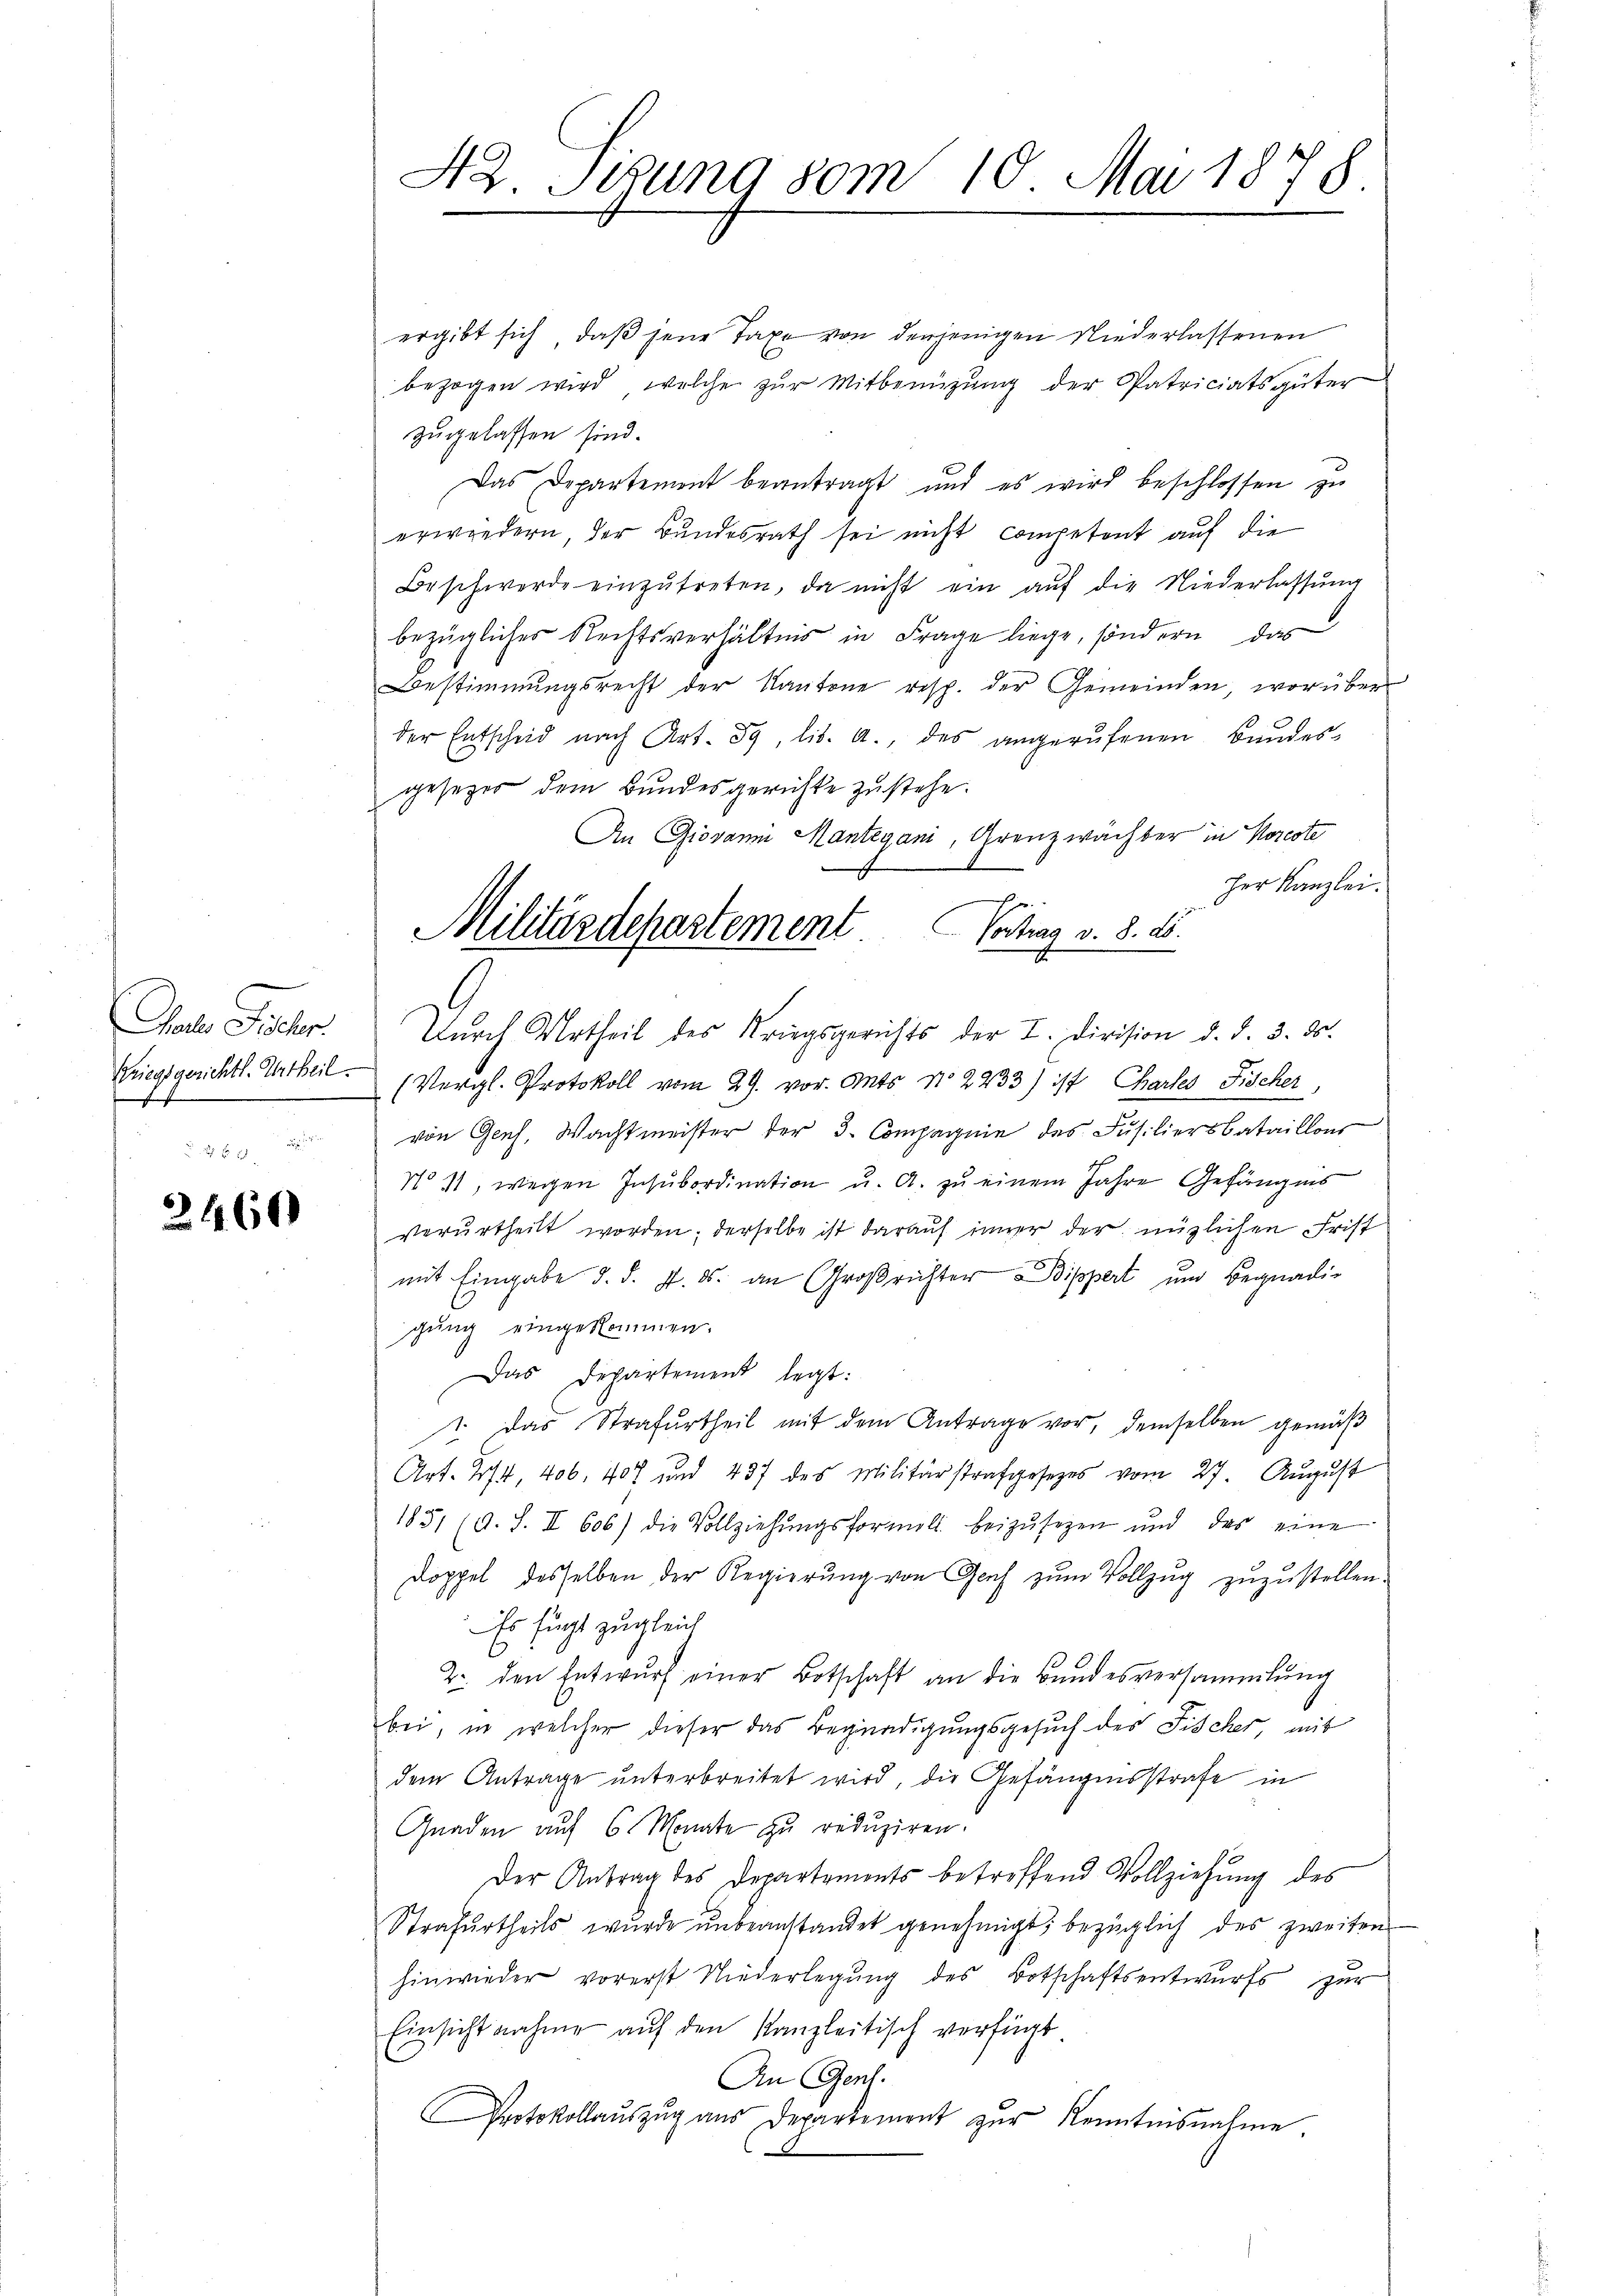
Chale Rector
Kriegsgerichtl. Urtheil
f

2460

42. Sitzung vom 10. Mai 1878

ergibt sich, daß jene Taxe von derjenigen Niederlassenen
bezogen wird, welche zŭr Mitbenüzung der Patriciatsgüter
zugelassen sind.
Das Departement beantragt, und es wird beschlossen zu
erwiedern, der Bundesrath sei nicht competent auf die
Beschwerde einzŭtreten, da nicht ein aŭf die Niederlassŭng
bezügliches Rechtsverhältnis in Frage liege, sondern das
Bestimmungsrecht der Kantone resp. der Gemeinden, worüber
der Entscheid nach Art. 89, lit. a., des angerufenen Bundesgesezer dem Bundesgerichte zustehe.
An Giovanni Mantegani, Grenzwächter in Korecte
her Kanzlei.
1
Durch Urtheil des Kriegsgerichts der I. Division d. d. 3. ds.
(Vergl. Protokoll vom 29. vor. Mts. No 2233) ist Chartes Fischer,
von Genf, Wachtmeister der 3. Compagnie des Jusiliersbataillons
No 11, wegen Insubordination u. A. zu einem Jahre Gefängnis
verurtheilt worden; derselbe ist darauf immer der müglichen Frist
mit Eingabe d. d. 7. ds. an Großrichter Bippert und Begnadigung eingekommen.
Das Departement legt:
1. das Strafurtheil mit dem Antrage vor, demselben gemäß
Art. 274, 406. 407 und 437 des Militärstrafgesetzes vom 27. August
1851 (O. S. II 606) die Vollziehŭngsformell beizŭsezen und das eine
Doppel desselben der Regierung von Genf zum Vollzug zuzustellen.
Es fügt zugleich
2. den Entwurf einer Botschaft an die Bundesversammlung
bei, in welcher dieser das Begnadigungsgesuch des Fischer, mit
dem Antrage unterbreitet wird, die Gefängnisstrafe in
Gnaden auf 6 Monate zu reduziren.
Der Antrag des Departements betreffend Vollziehung des
Strafurtheils wurde unbeanstandet genehmigt; bezüglich des zweiten
hinwieder vorerst Niederlegung des Botschaftsentwurfs zur
Einsicht nahme auf den Kanzleitisch verfügt.
An Genf.
Protokollauszug aus Departement zur Kenntnisnahme

Militärdepartement Vertrag v. 8. ds.